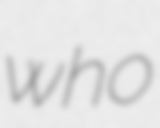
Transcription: who